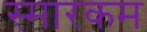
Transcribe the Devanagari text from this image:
स्मारकम